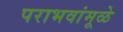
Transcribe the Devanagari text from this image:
पराभवांमूळे